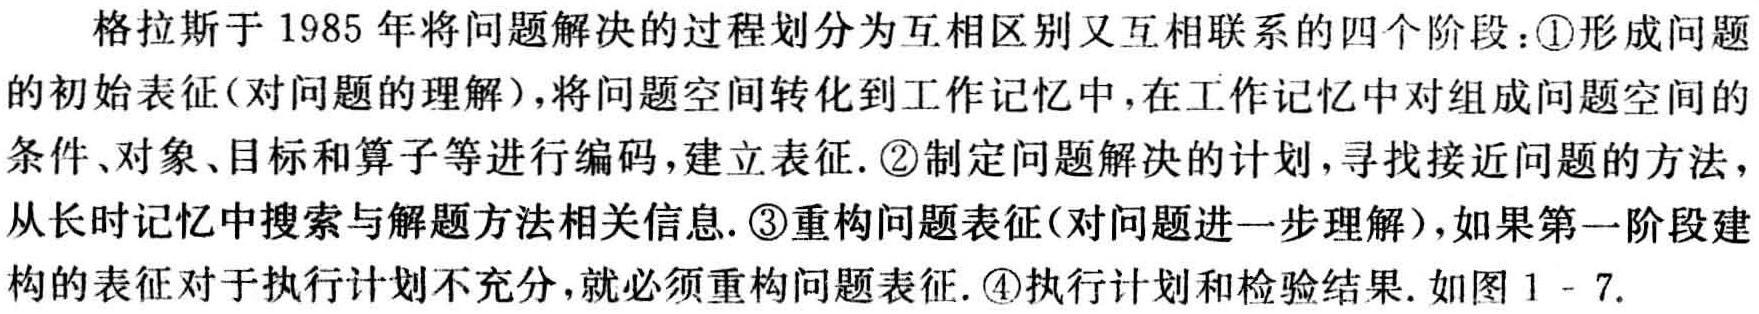
格拉斯于 1985 年将问题解决的过程划分为互相区别又互相联系的四个阶段：\textcircled{1}形成问题的初始表征(对问题的理解)，将问题空间转化到工作记忆中，在工作记忆中对组成问题空间的条件、对象、目标和算子等进行编码，建立表征. \textcircled{2}制定问题解决的计划，寻找接近问题的方法，从长时记忆中搜索与解题方法相关信息. \textcircled{3}重构问题表征(对问题进一步理解)，如果第一阶段建构的表征对于执行计划不充分，就必须重构问题表征. \textcircled{4}执行计划和检验结果. 如图 1 - 7.